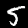
Label: 5